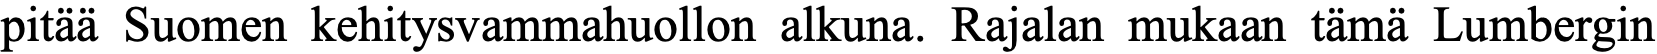
pitää Suomen kehitysvammahuollon alkuna. Rajalan mukaan tämä Lumbergin